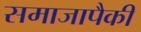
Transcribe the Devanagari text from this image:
समाजापैकी